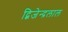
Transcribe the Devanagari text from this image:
द्बिजेन्द्रलाल